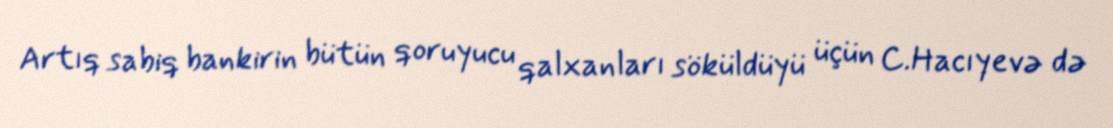
Artıq sabiq bankirin bütün qoruyucu qalxanları söküldüyü üçün C.Hacıyevə də